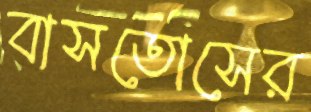
বাসতোসের